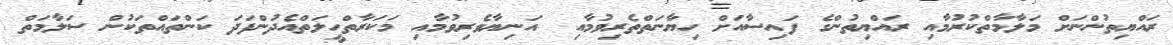
ރައްޔިތުންނަށް މަލާމާތްކުރުމާއި ރައްޔިތުންގެ ފައިސާއަށް ހިޔާނަތްތެރިވުމާއި  އަނިޔާވެރިވުމާއި މަކަރާތްހީލަތްއެދުންފަދަ ކަންތައްތަކުން ސަލާމަތް